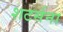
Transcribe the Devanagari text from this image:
शटर्सना